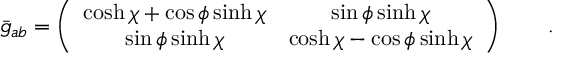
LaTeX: \bar { g } _ { a b } = \left( \begin{array} { c c } { { \displaystyle { \cosh \chi + \cos \phi \sinh \chi } } } & { { \displaystyle { \sin \phi \sinh \chi } } } \\ { { \displaystyle { \sin \phi \sinh \chi } } } & { { \displaystyle { \cosh \chi - \cos \phi \sinh \chi } } } \end{array} \right) \qquad .